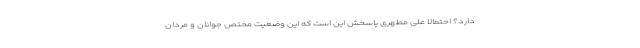
دارد؟ احتمالا علی مطهری پاسخش این است که این وضعیت مختص جوانان و مردان